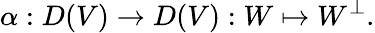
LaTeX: \alpha:D(V)\rightarrow D(V):W\mapsto W^{\perp}.